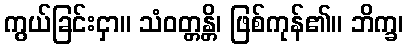
ကွယ်ခြင်းငှာ။ သံဝတ္တန္တိ၊ ဖြစ်ကုန်၏။ ဘိက္ခ၊